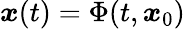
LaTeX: {\boldsymbol{x}}(t)=\Phi(t,{\boldsymbol{x}}_{0})